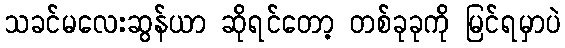
သခင်မလေးဆွန်ယာ ဆိုရင်တော့ တစ်ခုခုကို မြင်ရမှာပဲ